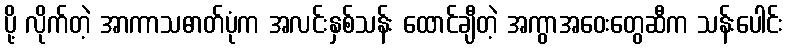
ပို့ လိုက်တဲ့ အာကာသဓာတ်ပုံက အလင်းနှစ်သန်း ထောင်ချီတဲ့ အကွာအဝေးတွေဆီက သန်းပေါင်း